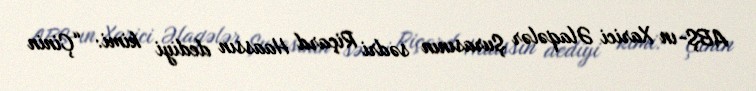
ABŞ-ın Xarici Əlaqələr Şurasının sədri Riçard Haassın dediyi kimi: “Çinin